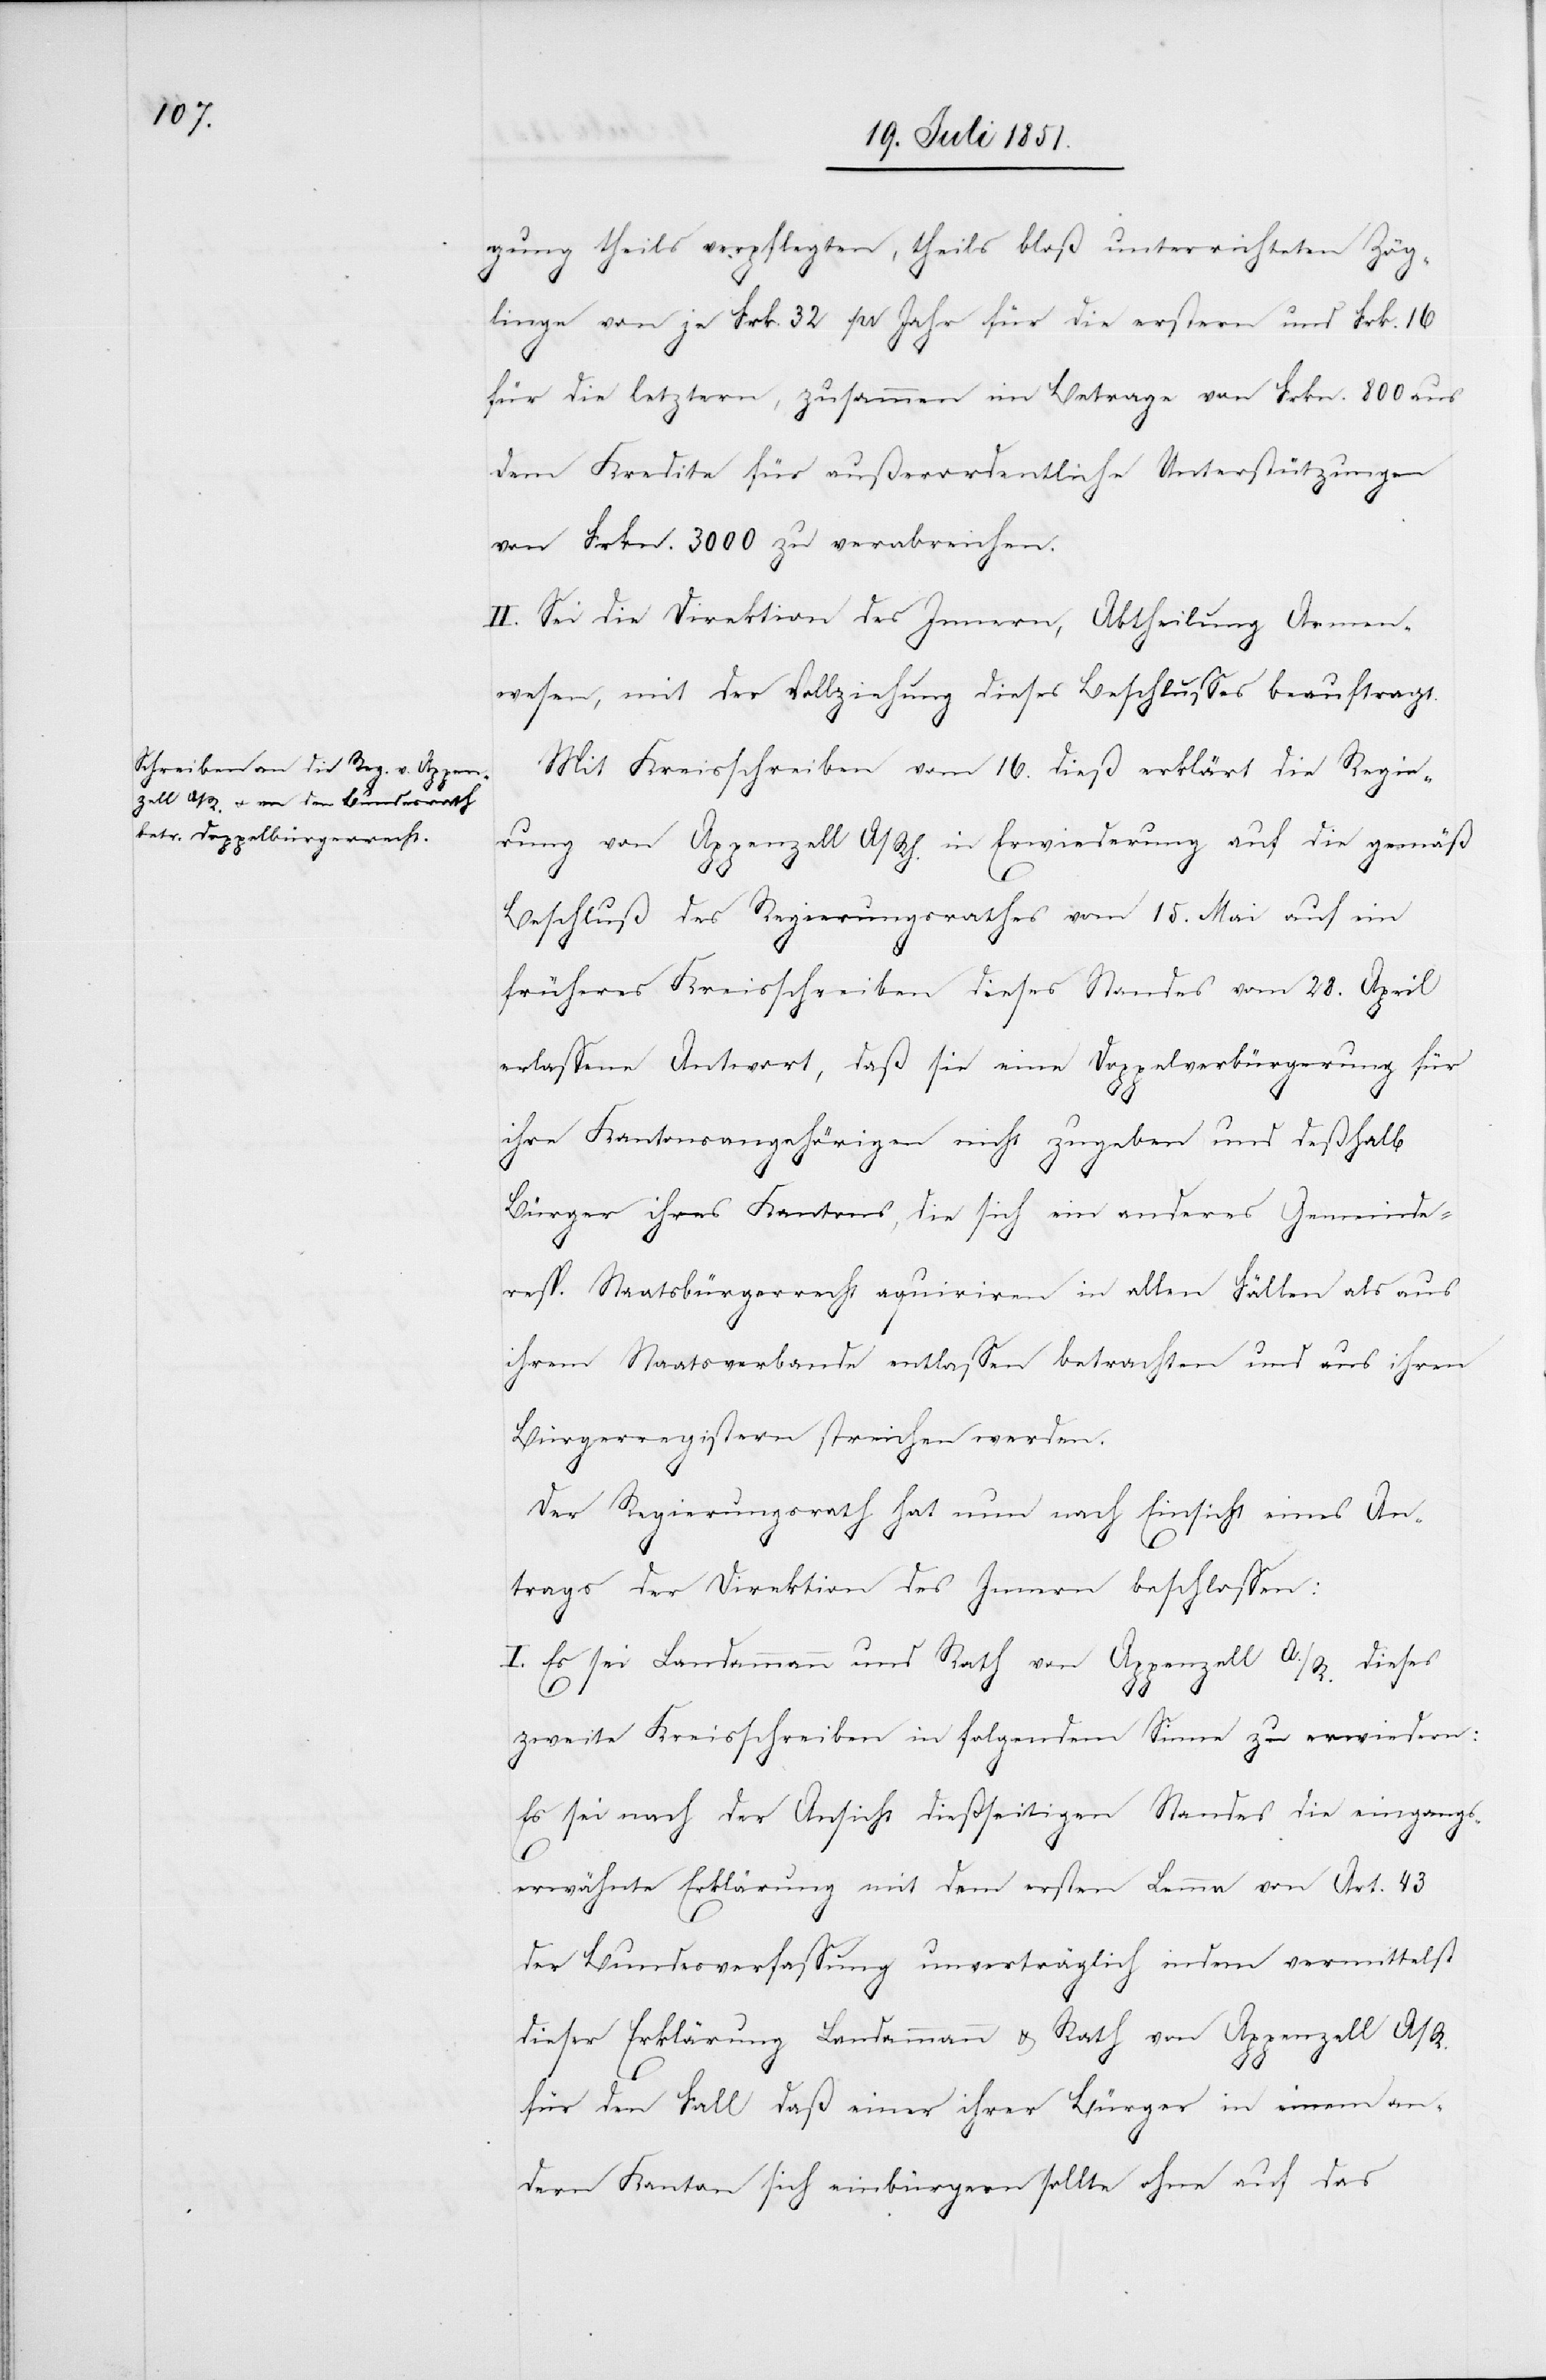
gung theils verpflegten, theils bloß unterrichteten Zög¬
linge von je Frk. 32 pr Jahr für die erstern und Frk. 16
für die letztern, zusammen im Betrage von Frkn. 800 aus
dem Kredite für außerordentliche Unterstützungen
von Frkn. 3000 zu verabreichen.
II. Sei die Direktion des Innern, Abtheilung Armen¬
wesen, mit der Vollziehung dieses Beschlusses beauftragt.
Mit Kreisschreiben vom 16. dieß erklärt die Regie¬
rung von Appenzell A/Rh. in Erwiederung auf die gemäß
Beschluß des Regierungsrathes vom 15. Mai auf ein
früheres Kreisschreiben dieses Standes vom 28. April
erlassene Antwort, daß sie eine Doppelverbürgerung für
ihre Kantonsangehörigen nicht zugeben und deßhalb
Bürger ihres Kantons, die sich ein anderes Gemeinde-
resp. Staatsbürgerrecht aquiriren in allen Fällen als aus
ihrem Staatsverbande entlassen betrachten und aus ihren
Bürgerregistern streichen werden.
Der Regierungsrath hat nun nach Einsicht eines An¬
trags der Direktion des Innern beschlossen:
I. Es sei Landammann und Rath von Appenzell A./R. dieses
zweite Kreisschreiben in folgendem Sinne zu erwiedern:
Es sei nach der Ansicht dießseitigen Standes die eingangs¬
erwähnte Erklärung mit dem ersten Lemma von Art. 43
der Bundesverfassung unverträglich indem vermittelst
dieser Erklärung Landammann & Rath von Appenzell A/R.
für den Fall daß einer ihrer Bürger in einem an¬
dern Kanton sich einbürgern sollte ohne auf das